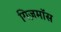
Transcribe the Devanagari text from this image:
गिज़मॉस